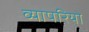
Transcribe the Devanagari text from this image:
व्यापरियो